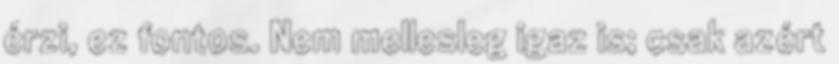
érzi, ez fontos. Nem mellesleg igaz is; csak azért